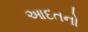
આદતનો